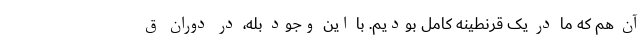
آن هم که ما در یک قرنطینه کامل بودیم. با این وجود بله، در دوران ق